Development of the Leishman-Donovan parasite in Cimex rotundatus - Number 31
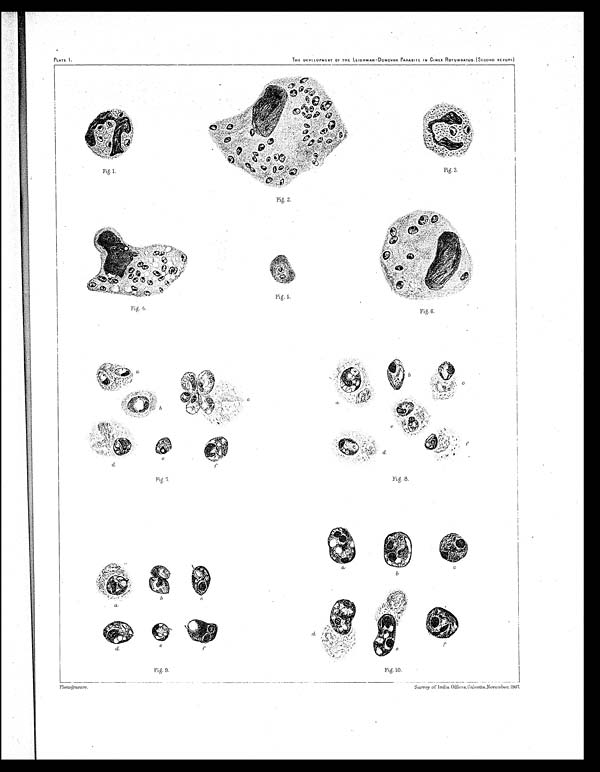
Fig.1.
Fig. 3.
Fig. 4.
Fig. 6.
Fig. 7.
Fig. 8.
Pig. 9.
Fig. 10.
PLATE I.
THE DEVELOPMENT OF THE LEISHMAN-DONOVAN PARASITE IN CIMEX ROTUNDATUS. (SECOND REPORT.
Fig. 2.
Fig. 5.
Photogravure.
Survey of India Ofiices,Calcutta,November. 1907.